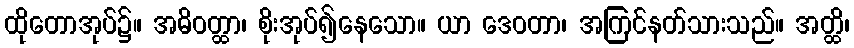
ထိုတောအုပ်၌။ အဓိဝတ္ထာ၊ စိုးအုပ်၍နေသော။ ယာ ဒေဝတာ၊ အကြင်နတ်သားသည်။ အတ္ထိ၊